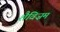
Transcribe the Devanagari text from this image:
शैविज़म